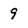
Character: 9